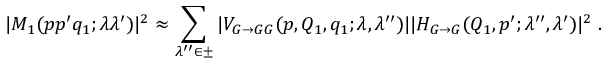
| M _ { 1 } ( p p ^ { \prime } q _ { 1 } ; \lambda \lambda ^ { \prime } ) | ^ { 2 } \approx \sum _ { \lambda ^ { \prime \prime } \in \pm } | V _ { G \to G G } ( p , Q _ { 1 } , q _ { 1 } ; \lambda , \lambda ^ { \prime \prime } ) | | H _ { G \to G } ( Q _ { 1 } , p ^ { \prime } ; \lambda ^ { \prime \prime } , \lambda ^ { \prime } ) | ^ { 2 } \; .